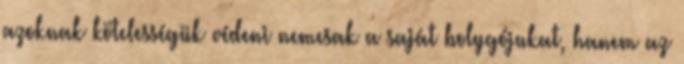
azoknak kötelességük védeni nemcsak a saját bolygójukat, hanem az